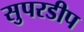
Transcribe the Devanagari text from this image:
सुपरडीप